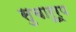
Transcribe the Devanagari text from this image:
सुचारूरूप